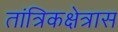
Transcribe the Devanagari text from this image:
तांत्रिकक्षेत्रास